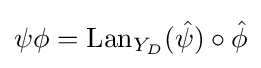
\psi \phi =\mathrm {Lan} _{Y_{D}}({\hat {\psi }})\circ {\hat {\phi }}